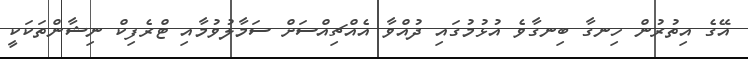
އޭގެ އިތުރުން ހިނގާ ބިނގާވެ އުޅުމުގައި ދުއްވާ އެއްޗިއްސަށް ސަމާލުވުމާއި ޓްރެފިކް ނިޝާންތަކަކީ